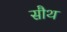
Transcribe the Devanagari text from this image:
सौथ